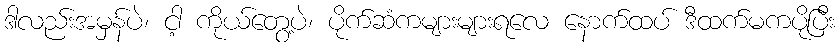
ဒါလည်းအမှန်ပဲ၊ ငါ့ ကိုယ်တွေ့ပဲ၊ ပိုက်ဆံကများများရလေ နောက်ထပ် ဒီထက်မကပိုပြီး